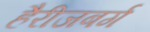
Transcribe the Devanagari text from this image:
हैरीजबर्ग